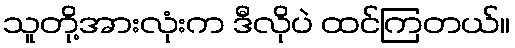
သူတို့အားလုံးက ဒီလိုပဲ ထင်ကြတယ်။